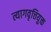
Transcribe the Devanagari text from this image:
त्यागवृत्तियुक्त